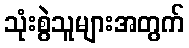
သုံးစွဲသူများအတွက်